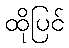
ထိုပြင်